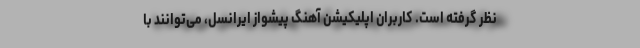
نظر گرفته است. کاربران اپلیکیشن آهنگ پیشواز ایرانسل، می‌توانند با